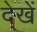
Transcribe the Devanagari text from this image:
दे्खें